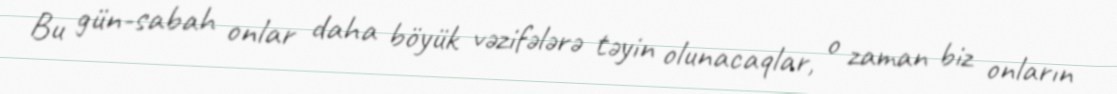
Bu gün-sabah onlar daha böyük vəzifələrə təyin olunacaqlar, o zaman biz onların